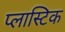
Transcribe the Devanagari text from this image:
प्‍लास्‍टिक